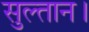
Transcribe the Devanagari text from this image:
सुल्तान।